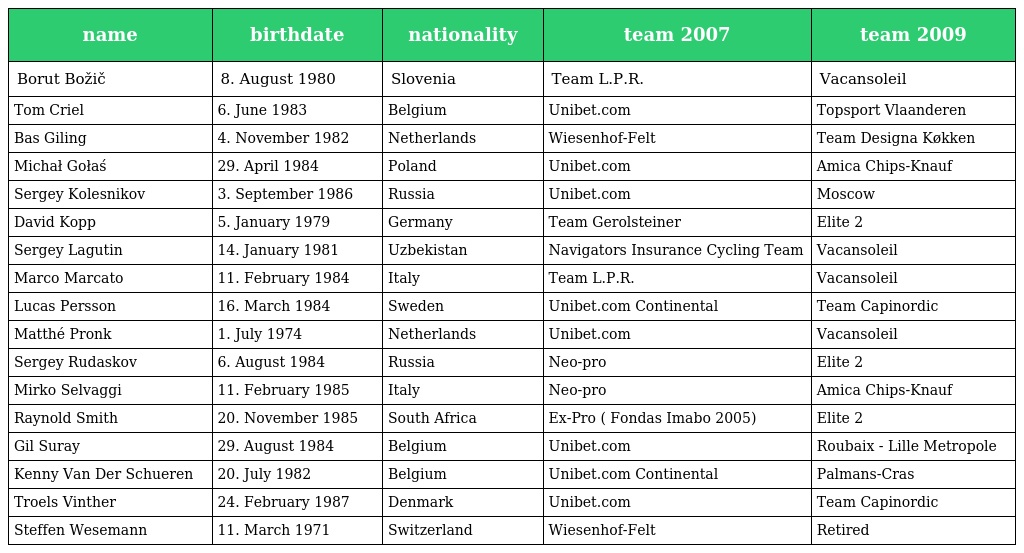
| name | birthdate | nationality | team 2007 | team 2009 |
 | --- | --- | --- | --- | --- |
 | Borut Božič | 8. August 1980 | Slovenia | Team L.P.R. | Vacansoleil |
 | Tom Criel | 6. June 1983 | Belgium | Unibet.com | Topsport Vlaanderen |
 | Bas Giling | 4. November 1982 | Netherlands | Wiesenhof-Felt | Team Designa Køkken |
 | Michał Gołaś | 29. April 1984 | Poland | Unibet.com | Amica Chips-Knauf |
 | Sergey Kolesnikov | 3. September 1986 | Russia | Unibet.com | Moscow |
 | David Kopp | 5. January 1979 | Germany | Team Gerolsteiner | Elite 2 |
 | Sergey Lagutin | 14. January 1981 | Uzbekistan | Navigators Insurance Cycling Team | Vacansoleil |
 | Marco Marcato | 11. February 1984 | Italy | Team L.P.R. | Vacansoleil |
 | Lucas Persson | 16. March 1984 | Sweden | Unibet.com Continental | Team Capinordic |
 | Matthé Pronk | 1. July 1974 | Netherlands | Unibet.com | Vacansoleil |
 | Sergey Rudaskov | 6. August 1984 | Russia | Neo-pro | Elite 2 |
 | Mirko Selvaggi | 11. February 1985 | Italy | Neo-pro | Amica Chips-Knauf |
 | Raynold Smith | 20. November 1985 | South Africa | Ex-Pro ( Fondas Imabo 2005) | Elite 2 |
 | Gil Suray | 29. August 1984 | Belgium | Unibet.com | Roubaix - Lille Metropole |
 | Kenny Van Der Schueren | 20. July 1982 | Belgium | Unibet.com Continental | Palmans-Cras |
 | Troels Vinther | 24. February 1987 | Denmark | Unibet.com | Team Capinordic |
 | Steffen Wesemann | 11. March 1971 | Switzerland | Wiesenhof-Felt | Retired |